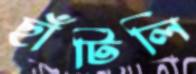
ছাঁটিলি